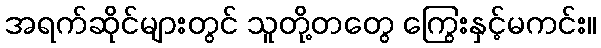
အရက်ဆိုင်များတွင် သူတို့တတွေ ကြွေးနှင့်မကင်း။